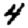
Digit: 4